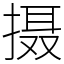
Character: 摄